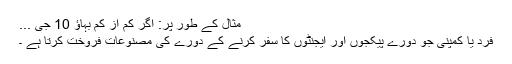
مثال کے طور پر: اگر کم از کم بہاؤ 10 جی ...
فرد یا کمپنی جو دورے پیکجوں اور ایجنٹوں کا سفر کرنے کے دورے کی مصنوعات فروخت کرتا ہے ۔